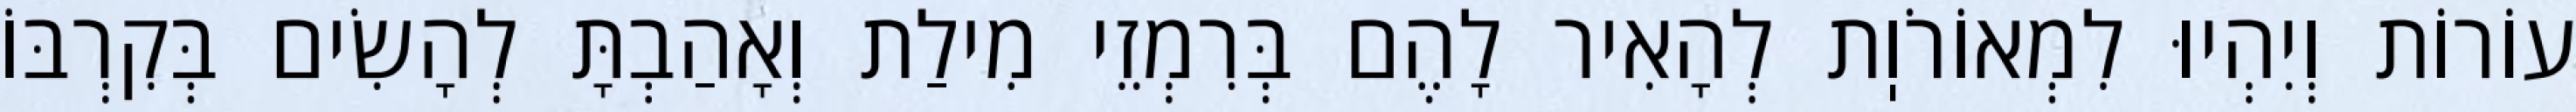
עוֹרוֹת וְיִהְיוּ לִמְאוֹרֹוֽת לְהָאִיר לָהֶם בְּרִמְזֵי מִילַת וְאָהַבְתָּ לְהָשִׂים בְּקִרְבּוֹ